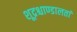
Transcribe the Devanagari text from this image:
शूद्रश्चाण्डालतां